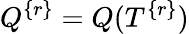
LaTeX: Q^{\{ r\} }=Q(T^{\{ r\} })